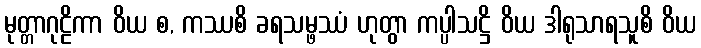
မုတ္တာဂုဠိကာ ဝိယ စ, ကဿစိ ခရသမ္ဖဿံ ဟုတွာ ကပ္ပါသဋ္ဌိ ဝိယ ဒါရုသာရသူစိ ဝိယ